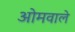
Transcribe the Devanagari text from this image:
ओमवाले